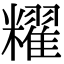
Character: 䊮